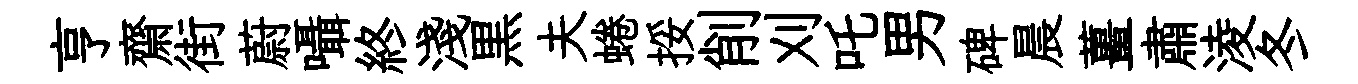
亨齋街蔚囁終淺黒夫蜷挼削刈吒男碑晨薑肅淩冬